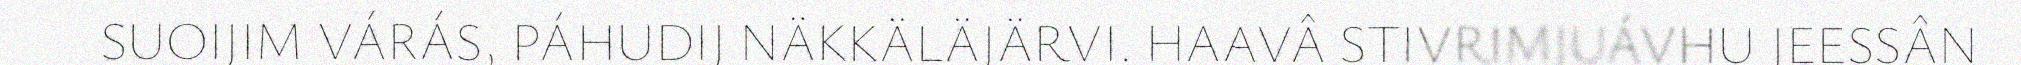
SUOIJIM VÁRÁS, PÁHUDIJ NÄKKÄLÄJÄRVI. HAAVÂ STIVRIMJUÁVHU JEESSÂN